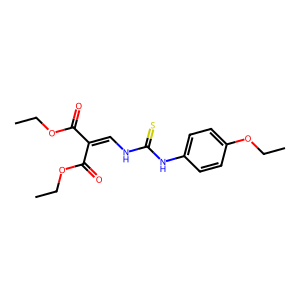
SMILES: CCOC(=O)C(=CNC(=S)Nc1ccc(OCC)cc1)C(=O)OCC
Inhibits HIV replication: No